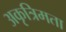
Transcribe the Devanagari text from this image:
अकृत्रिमता